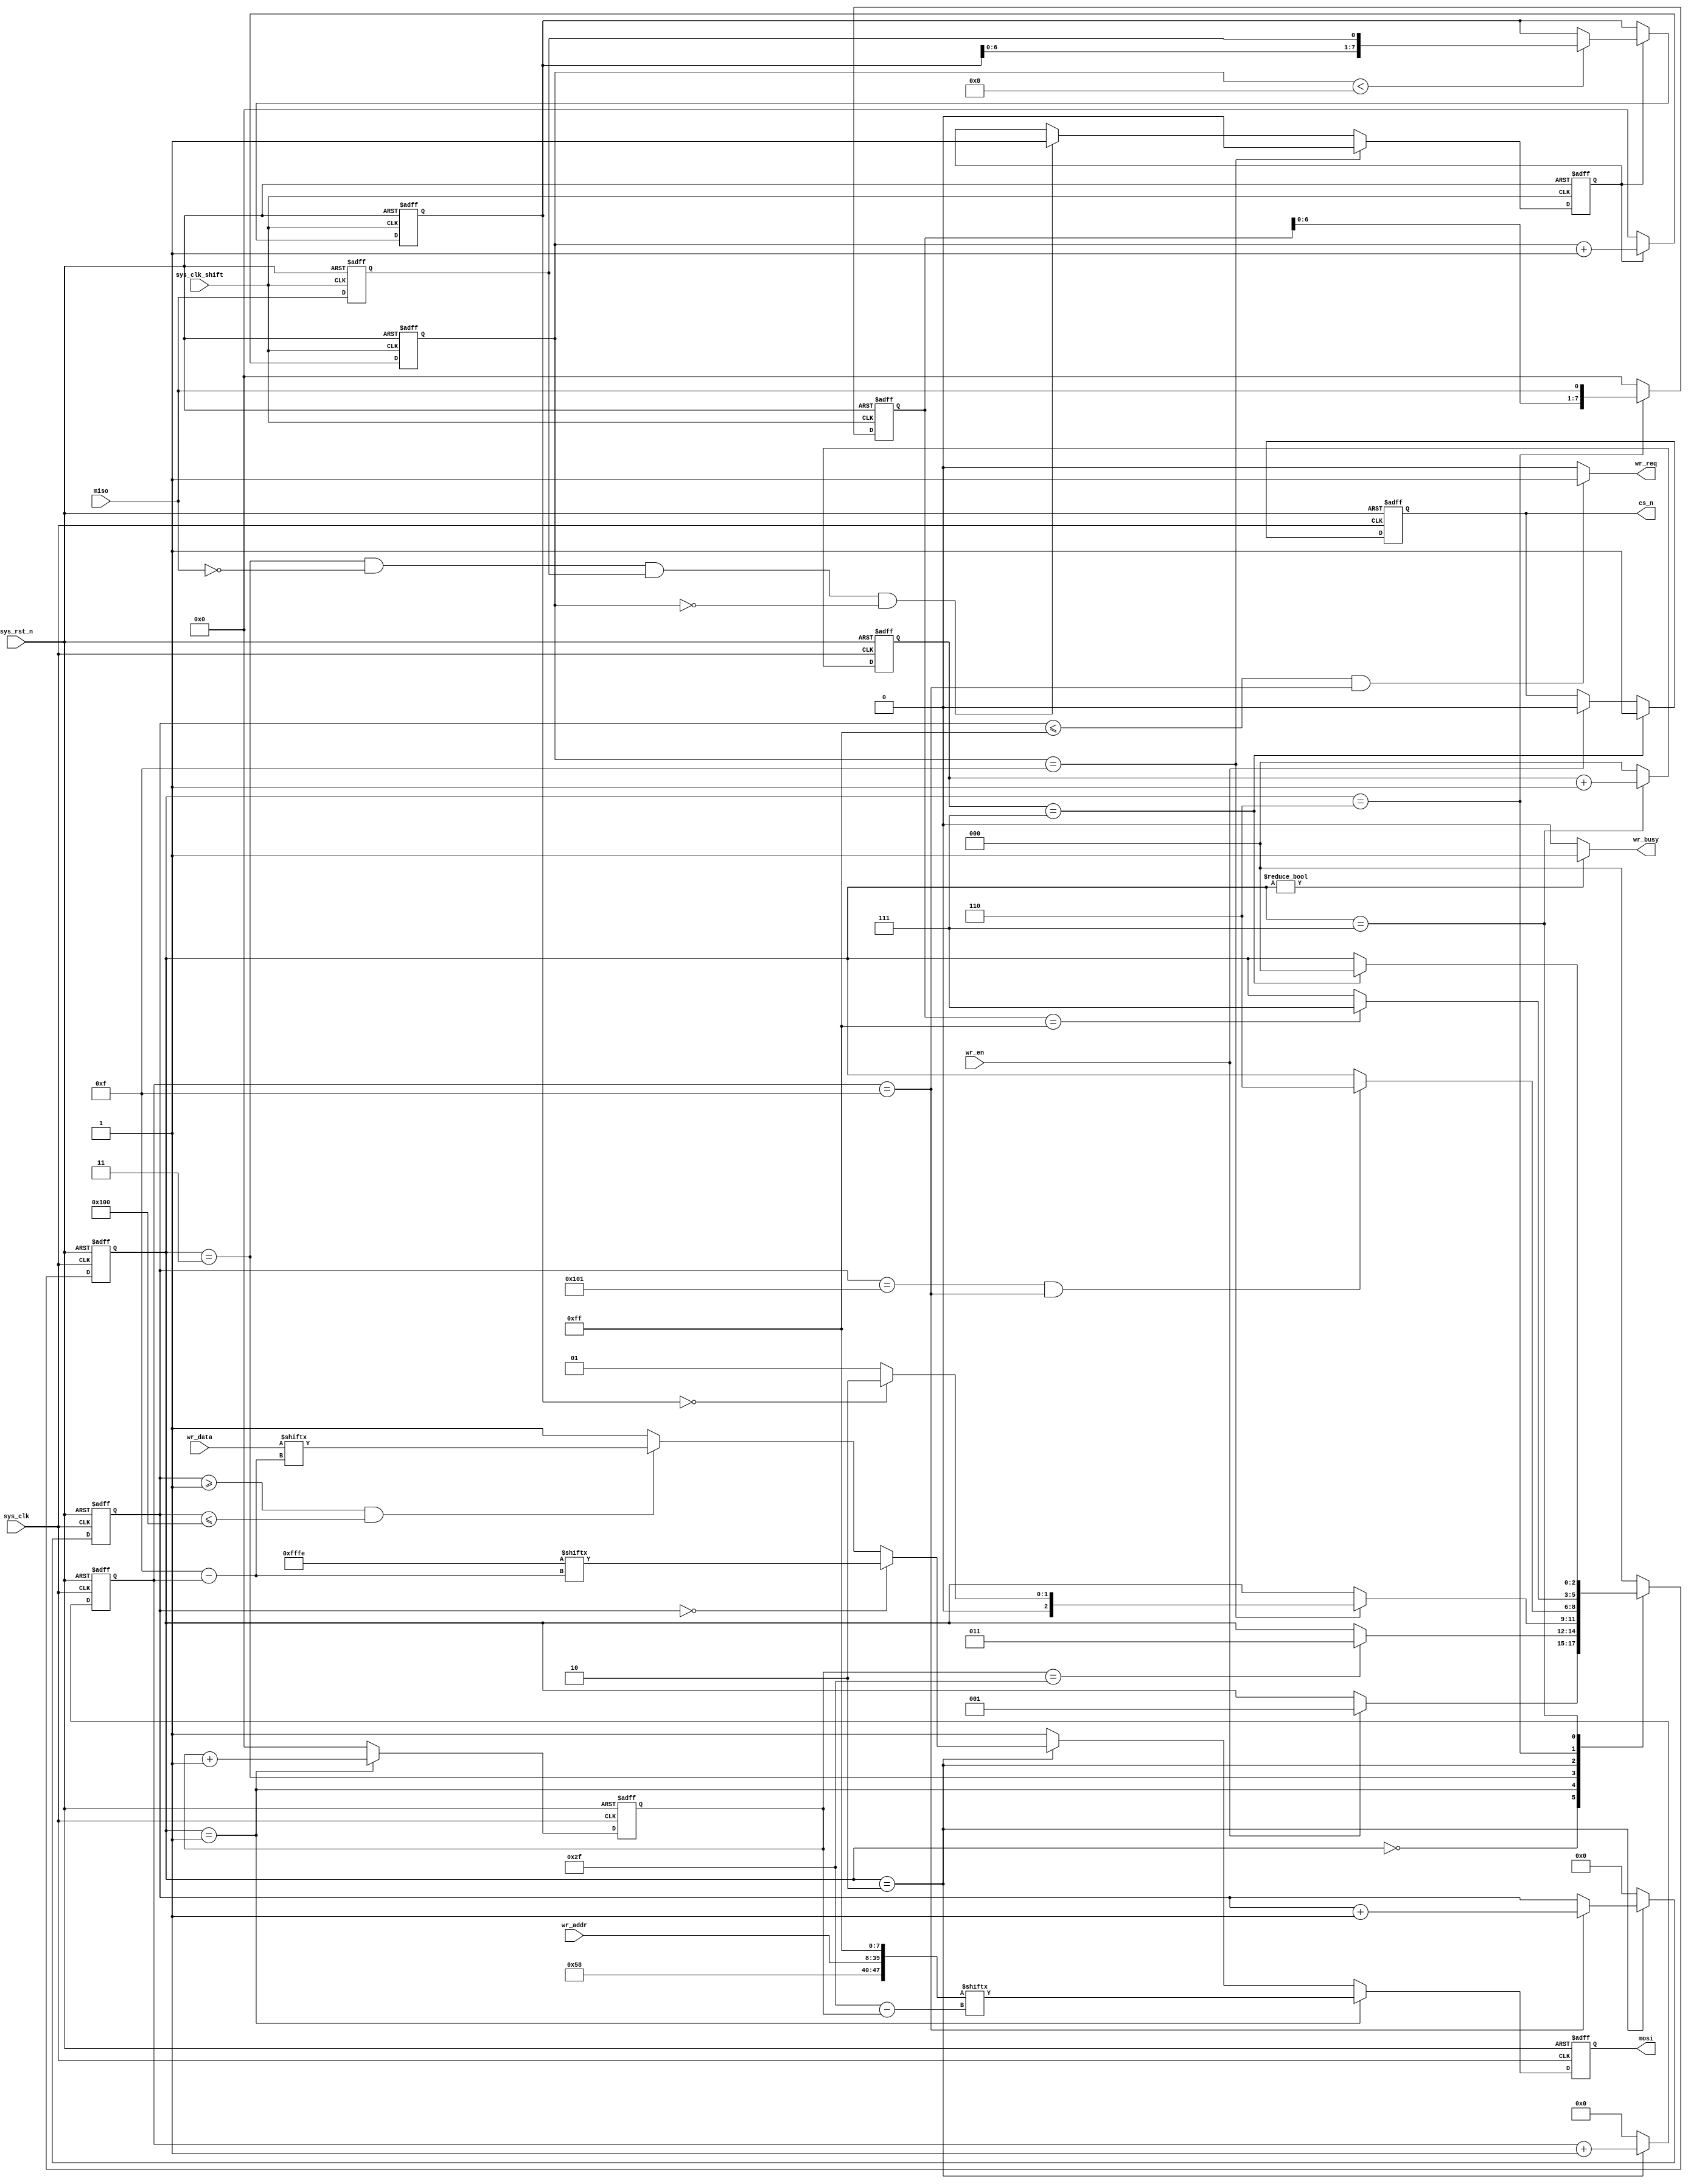
//*************************************************************************
//*  ASIC                                                                *
//*  UART2SD                                               
//*  Top File : sd_write.v                                                 *
//*  Author: Abdelazeem                                                   *
//*  Revision 0.1                                                         *
//*  Date     2024/01/26                                                   *
//*  Email : a.abdelazeem201@gmail.com                                      *
//*************************************************************************
`timescale  1ns/1ns
module  sd_write
(
    input   wire            sys_clk         ,   
    input   wire            sys_clk_shift   ,   
    input   wire            sys_rst_n       ,   
    input   wire            miso            ,   
    input   wire            wr_en           ,   
    input   wire    [31:0]  wr_addr         ,   
    input   wire    [15:0]  wr_data         ,   

    output  reg             cs_n            ,   
    output  reg             mosi            ,   
    output  wire            wr_busy         ,   
    output  wire            wr_req              
);

parameter   IDLE        =   3'b000  ,   
            SEND_CMD24  =   3'b001  ,   
            CMD24_ACK   =   3'b011  ,   
            WR_DATA     =   3'b010  ,   
            WR_BUSY     =   3'b110  ,   
            WR_END      =   3'b111  ;   
parameter   DATA_NUM    =   12'd256 ;   
parameter   BYTE_HEAD   =   16'hfffe;   


wire    [47:0]  cmd_wr      ;   

reg     [2:0]   state       ;   
reg     [7:0]   cnt_cmd_bit ;   
reg             ack_en      ;   
reg     [7:0]   ack_data    ;   
reg     [7:0]   cnt_ack_bit ;   
reg     [11:0]  cnt_data_num;   
reg     [3:0]   cnt_data_bit;   
reg     [7:0]   busy_data   ;   
reg     [2:0]   cnt_end     ;   
reg             miso_dly    ;   

assign  wr_busy = (state != IDLE) ? 1'b1 : 1'b0;


assign  wr_req = ((cnt_data_num <= DATA_NUM - 1'b1) && (cnt_data_bit == 4'd15))
                ? 1'b1 : 1'b0;


assign  cmd_wr = {8'h58,wr_addr,8'hff};


always@(posedge sys_clk_shift or negedge sys_rst_n)
    if(sys_rst_n == 1'b0)
        miso_dly    <=  1'b0;
    else
        miso_dly    <=  miso;


always@(posedge sys_clk_shift or negedge sys_rst_n)
    if(sys_rst_n == 1'b0)
        ack_en  <=  1'b0;
    else    if(cnt_ack_bit == 8'd15)
        ack_en  <=  1'b0;
    else    if((state == CMD24_ACK) && (miso == 1'b0)
                && (miso_dly == 1'b1) && (cnt_ack_bit == 8'd0))
        ack_en  <=  1'b1;
    else
        ack_en  <=  ack_en;


always@(posedge sys_clk_shift or negedge sys_rst_n)
    if(sys_rst_n == 1'b0)
        begin
            ack_data    <=  8'b0;
            cnt_ack_bit <=  8'd0;
        end
    else    if(ack_en == 1'b1)
        begin
            cnt_ack_bit     <=  cnt_ack_bit + 8'd1;
            if(cnt_ack_bit < 8'd8)
                ack_data    <=  {ack_data[6:0],miso_dly};
            else
                ack_data    <=  ack_data;
        end
    else
        cnt_ack_bit <=  8'd0;


always@(posedge sys_clk_shift or negedge sys_rst_n)
    if(sys_rst_n == 1'b0)
        busy_data   <=  8'd0;
    else    if(state == WR_BUSY)
        busy_data   <=  {busy_data[6:0],miso};
    else
        busy_data   <=  8'd0;


always@(posedge sys_clk or negedge sys_rst_n)
    if(sys_rst_n == 1'b0)
        state   <=  IDLE;
    else
        case(state)
            IDLE:
                if(wr_en == 1'b1)
                    state   <=  SEND_CMD24;
                else
                    state   <=  state;
            SEND_CMD24:
                if(cnt_cmd_bit == 8'd47)
                    state   <=  CMD24_ACK;
                else
                    state   <=  state;
            CMD24_ACK:
                if(cnt_ack_bit == 8'd15)
                    if(ack_data == 8'h00)
                        state   <=  WR_DATA;
                    else
                        state   <=  SEND_CMD24;
                else
                    state   <=  state;
            WR_DATA:
                if((cnt_data_num == (DATA_NUM + 1'b1))
                    && (cnt_data_bit == 4'd15))
                    state   <=  WR_BUSY;
                else
                    state   <=  state;
            WR_BUSY:
                if(busy_data == 8'hff)
                    state   <=  WR_END;
                else
                    state   <=  state;
            WR_END:
                if(cnt_end == 3'd7)
                    state   <=  IDLE;
                else
                    state   <=  state;
            default:state   <=  IDLE;
        endcase


always@(posedge sys_clk or negedge sys_rst_n)
    if(sys_rst_n == 1'b0)
        cs_n    <=  1'b1;
    else    if(cnt_end == 3'd7)
        cs_n    <=  1'b1;
    else    if(wr_en == 1'b1)
        cs_n    <=  1'b0;
    else
        cs_n    <=  cs_n;

always@(posedge sys_clk or negedge sys_rst_n)
    if(sys_rst_n == 1'b0)
        cnt_cmd_bit     <=  8'd0;
    else    if(state == SEND_CMD24)
        cnt_cmd_bit     <=  cnt_cmd_bit + 8'd1;
    else
        cnt_cmd_bit     <=  8'd0;

always@(posedge sys_clk or negedge sys_rst_n)
    if(sys_rst_n == 1'b0)
        mosi    <=  1'b1;
    else    if(state == SEND_CMD24)
        mosi    <=  cmd_wr[8'd47 - cnt_cmd_bit];
    else    if(state == WR_DATA)
        if(cnt_data_num == 12'd0)
            mosi    <=  BYTE_HEAD[15 - cnt_data_bit];
        else    if((cnt_data_num >= 12'd1) && (cnt_data_num <= DATA_NUM))
            mosi    <=  wr_data[15 - cnt_data_bit];
        else
            mosi    <=  1'b1;
    else
        mosi    <=  1'b1;

always@(posedge sys_clk or negedge sys_rst_n)
    if(sys_rst_n == 1'b0)
        cnt_data_bit    <=  4'd0;
    else    if(state == WR_DATA)
        cnt_data_bit    <=  cnt_data_bit + 4'd1;
    else
        cnt_data_bit    <=  4'd0;

always@(posedge sys_clk or negedge sys_rst_n)
    if(sys_rst_n == 1'b0)
        cnt_data_num    <=  12'd0;
    else    if(state == WR_DATA)
        if(cnt_data_bit == 4'd15)
            cnt_data_num    <=  cnt_data_num + 12'd1;
        else
            cnt_data_num    <=  cnt_data_num;
    else
        cnt_data_num    <=  12'd0;

always@(posedge sys_clk or negedge sys_rst_n)
    if(sys_rst_n == 1'b0)
        cnt_end <=  3'd0;
    else    if(state == WR_END)
        cnt_end <=  cnt_end + 3'd1;
    else
        cnt_end <=  3'd0;

endmodule